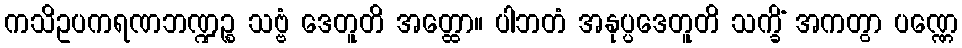
ကသိဥပကရဏဘဏ္ဍဉ္စ သဗ္ဗံ ဒေတူတိ အတ္ထော။ ပါဘတံ အနုပ္ပဒေတူတိ သက္ခိံ အကတွာ ပဏ္ဏေ